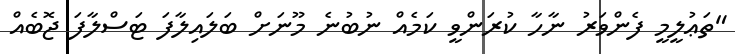
"ތަޢުލީމީ ފެންވަރު ނާހާ ކުރަންވީ ކަމެއް ނުބުނެ މޫނަށް ބަލައިލާފަ ޓަސްލާފަ ޖޮބެއް